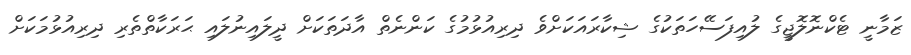
ޒަމާނީ ޓެކްނޮލޮޖީގެ ލުއިފަސޭހަތަކުގެ ޝިކާރައަކަށްވެ ދިރިއުޅުމުގެ ކަންނެތް އާދަތަކަށް ދީލައިނުލައި ޙަރަކާތްތެރި ދިރިއުޅުމަކަށް